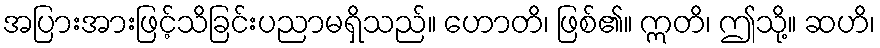
အပြားအားဖြင့်သိခြင်းပညာမရှိသည်။ ဟောတိ၊ ဖြစ်၏။ ဣတိ၊ ဤသို့။ ဆဟိ၊